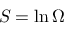
S = \ln \Omega